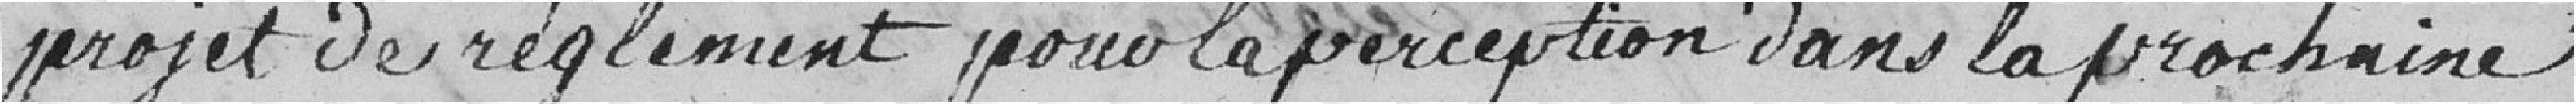
projet de règlement pour la perception dans la prochaine